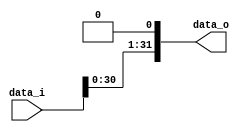
/***************************************************
Student Name: 
Student ID: 
***************************************************/

`timescale 1ns/1ps

module Shift_Left_1(
    input  [31:0] data_i,
    output [31:0] data_o
    );

/* Write your code HERE */
assign data_o=data_i<<1;

endmodule